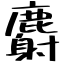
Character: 麝